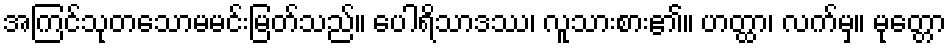
အကြင်သုတသောမမင်းမြတ်သည်။ ပေါရိသာဒဿ၊ လူသားစား၏။ ဟတ္ထာ၊ လက်မှ။ မုတ္တော